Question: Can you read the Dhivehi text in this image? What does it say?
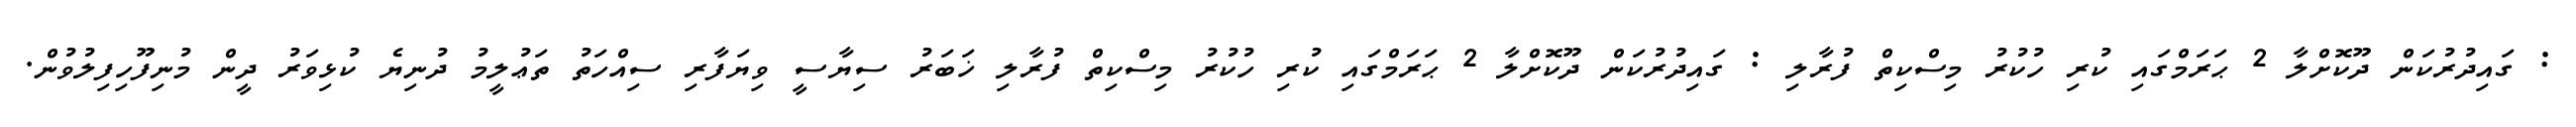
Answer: : ގައިދުރުކަން ދޫކޮށްލާ 2 ޙަރަމްގައި ކުރި ހުކުރު މިސްކިތް ފުރާލި : ގައިދުރުކަން ދޫކޮށްލާ 2 ޙަރަމްގައި ކުރި ހުކުރު މިސްކިތް ފުރާލި ޚަބަރު ސިޔާސީ ވިޔަފާރި ސިއްހަތު ތަޢުލީމު ދުނިޔެ ކުޅިވަރު ދީން މުނިފޫހިފިލުވުން.